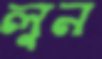
লুন